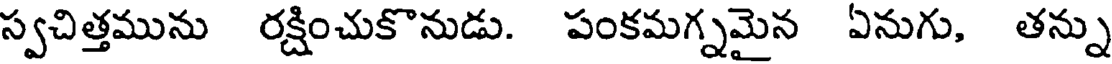
స్వచిత్తమును రక్షించుకొనుడు. పంకమగ్నమైన ఏనుగు, తన్ను